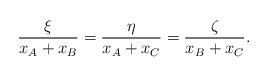
LaTeX: \begin{align*} \frac{\xi}{x_A+x_B} = \frac{\eta}{x_A+x_C}= \frac{\zeta}{x_B+x_C}.\end{align*}